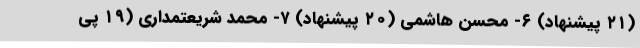
(۲۱ پیشنهاد) ۶- محسن هاشمی (۲۰ پیشنهاد) ۷- محمد شریعتمداری (۱۹ پی